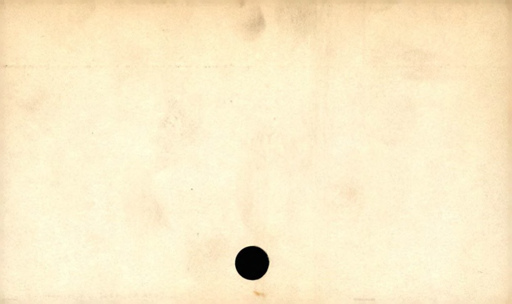
Label: divider